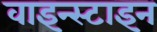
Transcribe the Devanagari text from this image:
वाइन्स्टाइन